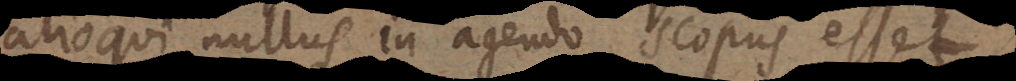
alioqui nullus in agendo scopus esset.